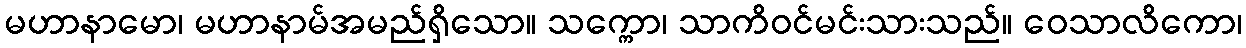
မဟာနာမော၊ မဟာနာမ်အမည်ရှိသော။ သက္ကော၊ သာကိဝင်မင်းသားသည်။ ဝေသာလိကော၊